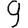
Digit: 9